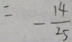
= - \frac { 1 4 } { 2 5 }